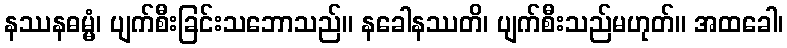
နဿနဓမ္မံ၊ ပျက်စီးခြင်းသဘောသည်။ နခေါနဿတိ၊ ပျက်စီးသည်မဟုတ်။ အထခေါ၊